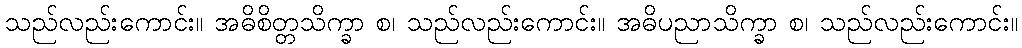
သည်လည်းကောင်း။ အဓိစိတ္တသိက္ခာ စ၊ သည်လည်းကောင်း။ အဓိပညာသိက္ခာ စ၊ သည်လည်းကောင်း။